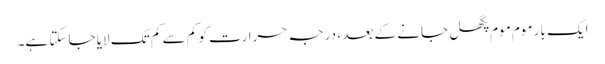
ایک بار موم موم پگھل جانے کے بعد ، درجہ حرارت کو کم سے کم تک لایا جاسکتا ہے۔